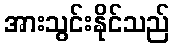
အားသွင်းနိုင်သည်